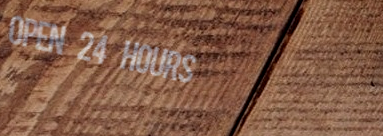
OPEN 24 HOURS